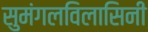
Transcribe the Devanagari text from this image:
सुमंगलविलासिनी